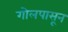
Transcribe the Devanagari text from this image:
गोलपासून